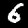
Digit: 6